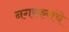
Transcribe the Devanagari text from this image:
नगरकरांचे